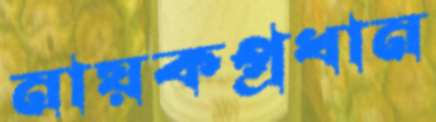
নায়কপ্রধান